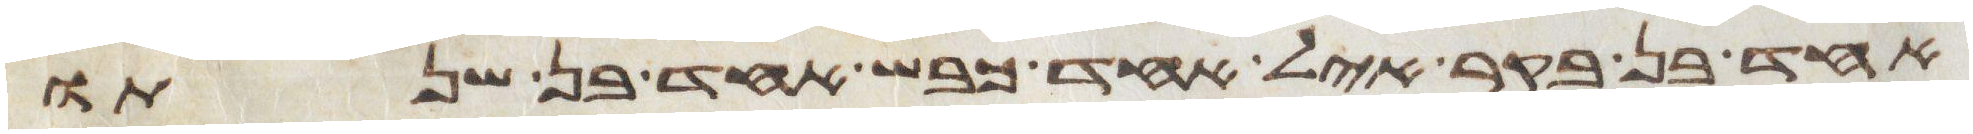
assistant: אחד בן בקר איל אחד כבש אחד בן שנתו